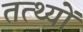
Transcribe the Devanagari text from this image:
तत्थ्यों